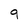
Character: 9